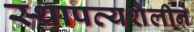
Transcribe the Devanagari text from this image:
स्थापत्यशैलीने